Indian journal of veterinary science and animal husbandry - Volumes 24-25, 1954-1955
Year: 1954
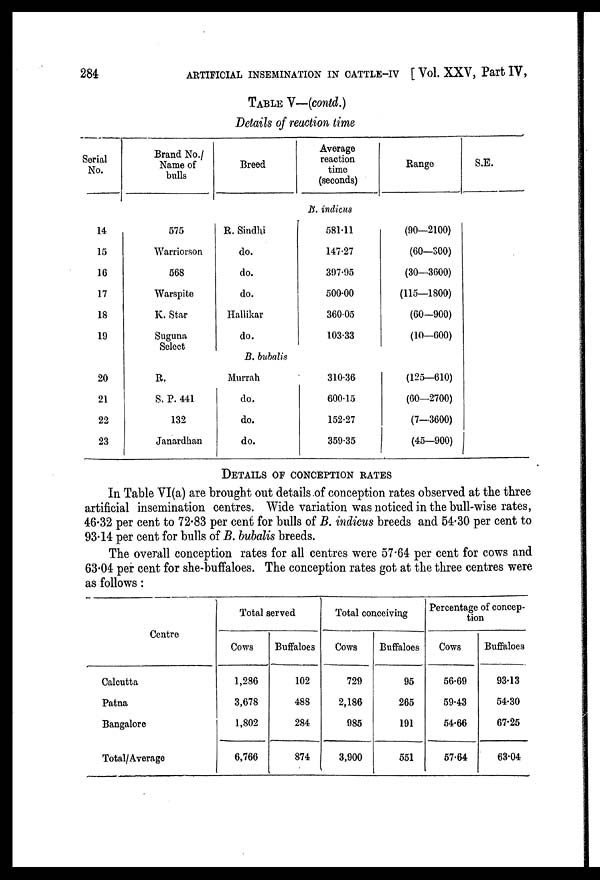
284
ARTIFICIAL INSEMINATION IN CATTLE-IV [Vol. XXV, Part IV,
TABLE V—(contd.)
Details of reaction time
Serial
No.
14
15
16
17
18
19
20
21
22
23
Brand No./
Name of
bulls
575
Warriorson
568
Warspite
K. Star
Suguna
Select
R.
S. P. 441
132
Janardhan
Breed
R. Sindhi
do.
do.
do.
Hallikar
do.
B. bubalis
Murrah
do.
do.
do.
Average
reaction
time
(seconds)
B. indicus
581.11
147.27
397.95
500.00
360.05
103.33
310.36
600.15
152.27
359.35
Range
(90—2100)
(60—300)
(30—3600)
(115—1800)
(60—900)
(10—600)
(125—610)
(60—2700)
(7—3600)
(45—900)
S.E.
DETAILS OF CONCEPTION RATES
In Table VI(a) are brought out details of conception rates observed at the three
artificial insemination centres. Wide variation was noticed in the bull-wise rates,
46.32 per cent to 72.83 per cent for bulls of B. indicus breeds and 54.30 per cent to
93.14 per cent for bulls of B. bubalis breeds.
The overall conception rates for all centres were 57.64 per cent for cows and
63.04 per cent for she-buffaloes. The conception rates got at the three centres were
as follows: Centre
Calcutta
Patna
Bangalore
Total/Average
Total served
Cows
1,286
3,678
1,802
6,766
Buffaloes
102
488
284
874
Total conceiving
Cows
729
2,186
985
3,900
Buffaloes
95
265
191
551
Percentage of concep-
tion
Cows
56.69
59.43
54.66
57.64
Buffaloes
93.13
54.30
67.25
63.04